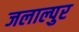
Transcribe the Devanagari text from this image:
जलाल्पुर